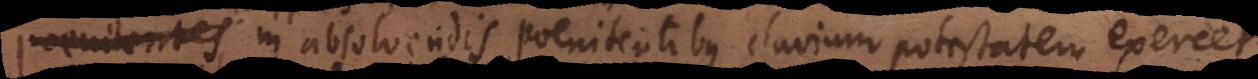
presbyter in absolvendis poenitentibus clavium potestatem exercet,